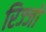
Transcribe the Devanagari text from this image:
रिज्‍जो